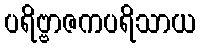
ပရိဗ္ဗာဇကပရိသာယ